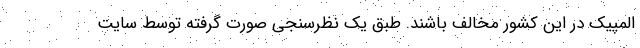
المپیک در این کشور مخالف باشند. طبق یک نظرسنجی صورت گرفته توسط سایت